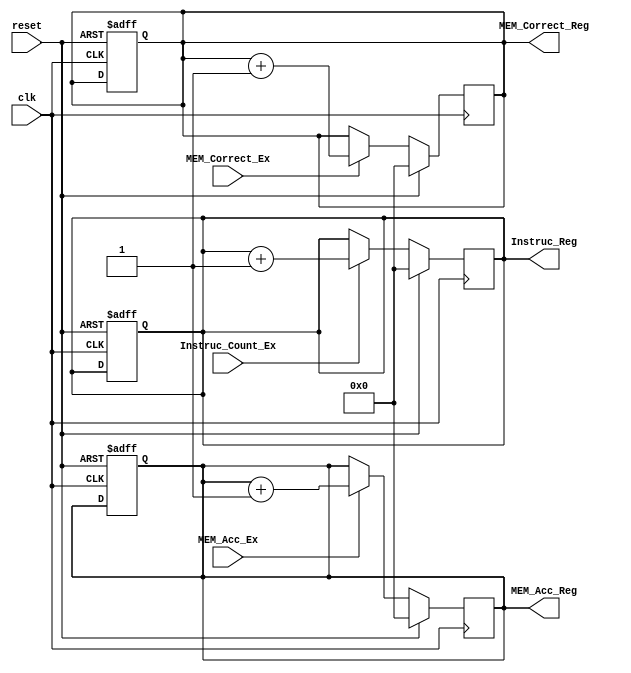
/*
 CS 274
 Ursinus College

 @author: Mia Sideris
 @purpose: Demonstrate the implementation of Read-Only Increment Registers: Instruction Count, Memory Access and Memory Correction
 */

module IncrementRegister(
    input clk,
    input reset,
    input Instruc_Count_Ex,
    input MEM_Acc_Ex,
    input MEM_Correct_Ex,

    output reg [19:0] Instruc_Reg,
    output reg [19:0] MEM_Acc_Reg,
    output reg [19:0] MEM_Correct_Reg
);

always @ (posedge clk or posedge reset) begin
    if(reset)
    begin
        Instruc_Reg<= 20'b0;
        MEM_Acc_Reg<= 20'b0;
        MEM_Correct_Reg<=20'b0;
    end
end

always @ (posedge clk)begin
    if(reset)
    begin
        Instruc_Reg<= 20'b0;
        MEM_Acc_Reg<= 20'b0;
        MEM_Correct_Reg<=20'b0;
    end
    else
    begin
    if(Instruc_Count_Ex)
        Instruc_Reg = Instruc_Reg +1;
    if(MEM_Acc_Ex)
        MEM_Acc_Reg = MEM_Acc_Reg +1;
    if(MEM_Correct_Ex)
        MEM_Correct_Reg = MEM_Correct_Reg +1;
    end
end

endmodule